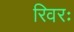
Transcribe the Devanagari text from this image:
रिवरः